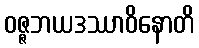
ဝဇ္ဇဘယဒဿာဝိနောတိ